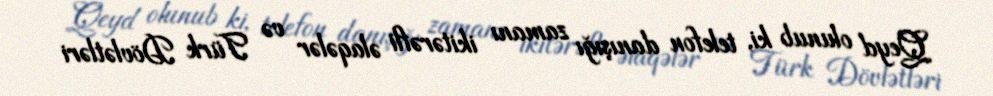
Qeyd olunub ki, telefon danışığı zamanı ikitərəfli əlaqələr və Türk Dövlətləri